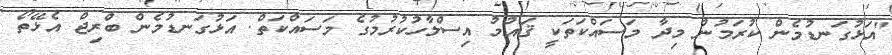
"އަޅުގަނޑުމެން ކުރަމުން މިދާ މަސައްކަތަކީ ޤައުމު އިސްލާހުކުރުމުގެ މަސައްކަތް. އަޅުގަނޑުމެން ބްރިޖް އެޅޭތޯ